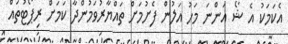
އެކަމަކު އެ ޝޯ އަންނަ މަހު އަލުން ފެށުމަށް ތައްޔާރުވަމުންދާ ކަމަށް ރިޕޯޓުތައް